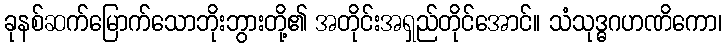
ခုနစ်ဆက်မြောက်သောဘိုးဘွားတို့၏ အတိုင်းအရှည်တိုင်အောင်။ သံသုဒ္ဓဂဟဏိကော၊